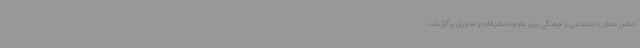
حضور معاون اجتماعی و فرهنگی وزیر علوم تحقیقات و فناوری برگزار شد،